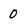
Character: 0